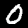
Label: 0